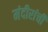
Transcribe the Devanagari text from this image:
मंदीरांची